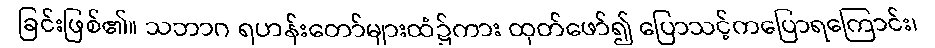
ခြင်းဖြစ်၏။ သဘာဂ ရဟန်းတော်များထံ၌ကား ထုတ်ဖော်၍ ပြောသင့်ကပြောရကြောင်း၊